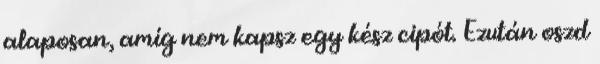
alaposan, amíg nem kapsz egy kész cipót. Ezután oszd